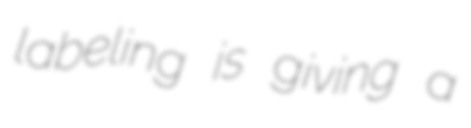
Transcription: labeling is giving a